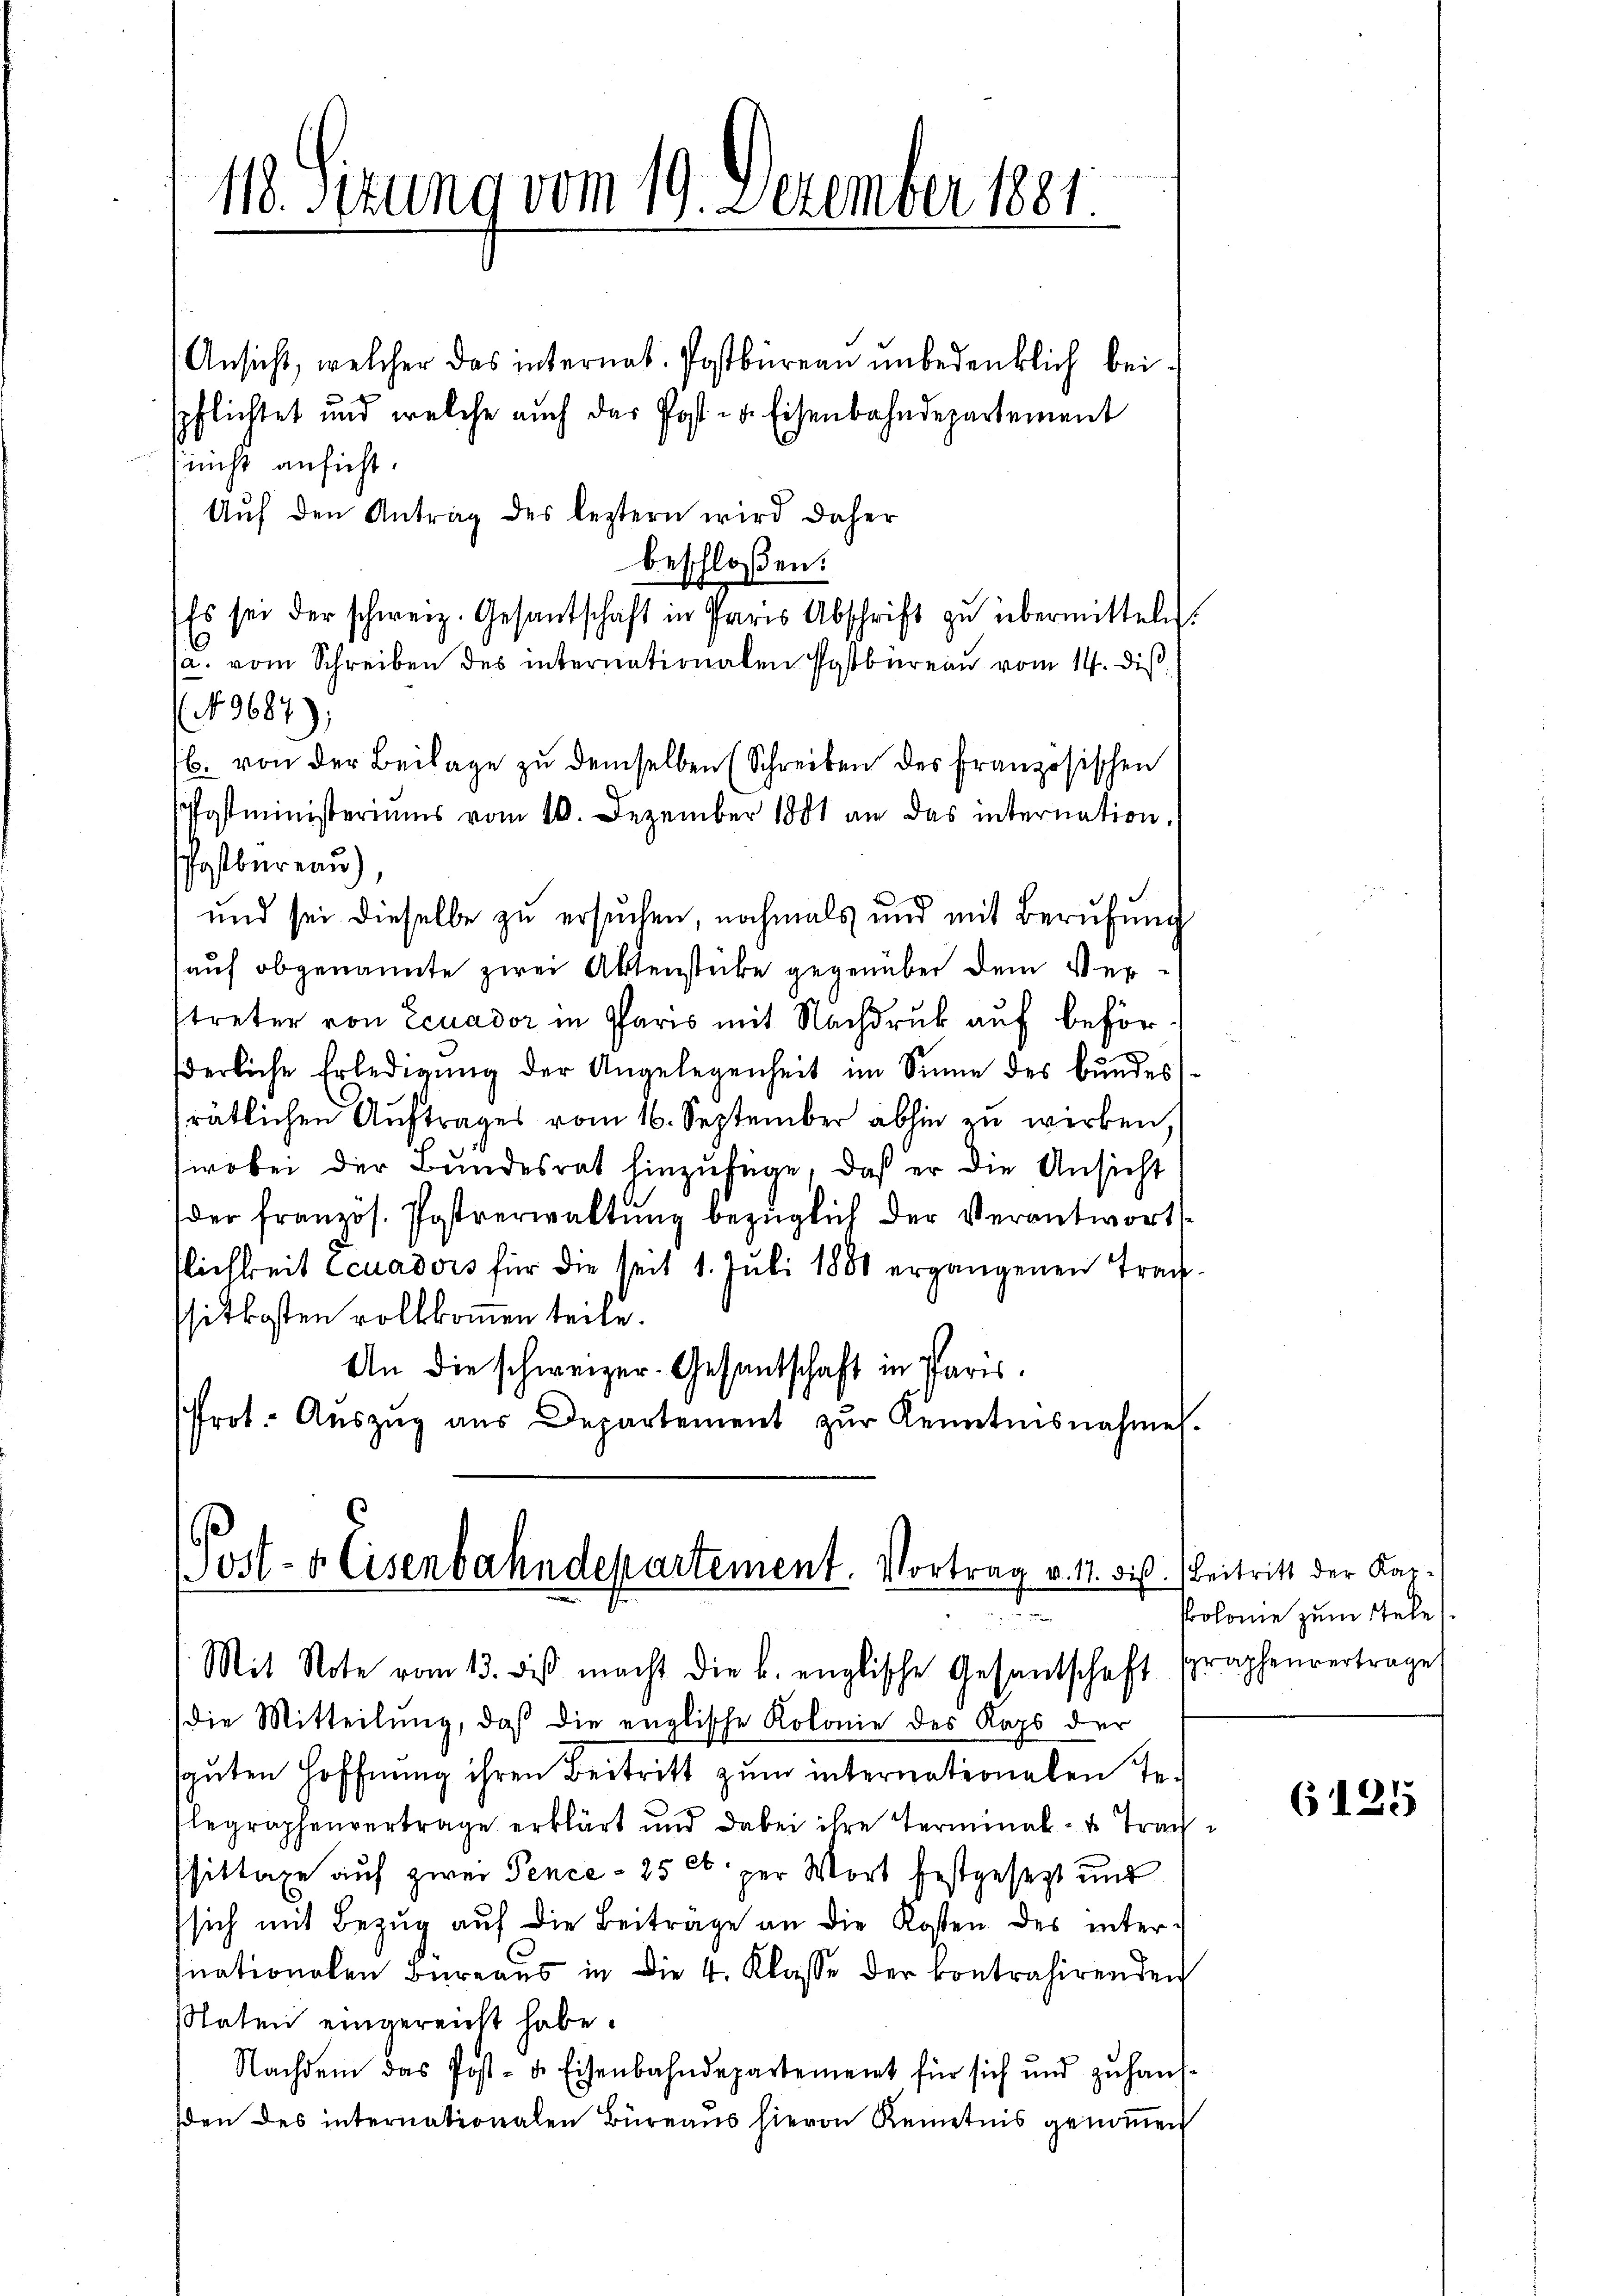
118. Sizung vom 19. Dezember 1881.

Ansicht, welcher das internat. Postbüreau unbedenklich beispflichtet und welche auch das Post- u. Eisenbahndepartement
 nicht ansicht.
Aŭf den Antrag des leztern wird daher
beschloßen:
Es sei der schweiz. Gesantschaft in Paris Abschrift zŭ übermitteln
/a. vom Schreiben des internationalen Postbüreau vom 14. diß,
No 9687)
b. von der Beilage zu demselben (Schreiben des französischen
Postministeriums vom 10. Dezember 1881 an das internation.
Postbureau),
und sei dieselbe zu ersuchen, nochmals und mit Berufung
auf obgenannte zwei Aktenstücke gegenüber dem Verstreter von Ecuador in Paris mit Nachdruck auf beförßerliche Erledigung der Angelegenheit im Sinne des Bundesrätlichen Auftrages vom 16. September abhin zu wirken,
wobei der Bundesrat hinzufüge, daß er die Ansicht
der französ. Postverwaltŭng bezüglich der Verantworts
tlichkeit Ecuadors für die seit 1. Juli 1880 ergangenen Tracssitkosten vollkommen teile.
An die schweizer-Gesantschaft in Paris
Prot. Aŭszŭg aŭs Departement zŭr Kenntnisnahmes.

(Post- & Eisenbahndepartement. Vortrag v. 11. bis
n
Mit Note vom 13. des macht die k. englische Gesantschaft spraphenvertrage

die Mitteilŭng, daß die englische Kolonie des Kaps der
sguten Hoffnung ihren Beitritt zum internationalen Telegraphenvertrage erklärt und dabei ihre Terminal- u. Tracssittage auf zwei Pence - 25 l. per Wort festgesezt und
sich mit Bezug auf die Beiträge an die Kosten des internationalen Büreaŭs in die 4. Klasse der kontrahirenden
Staten eingereicht habe.
Nachdem das Post- u. Eisenbahndepartement für sich und zŭhaŭs-
sden des internationalen Büreaus hievon Kenntnis genommen

Beitritt der Kar¬
Prolome zum Stele

6125